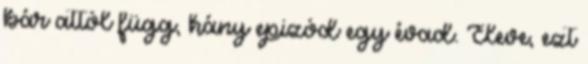
bár attól függ, hány epizód egy évad. Eleve, ezt